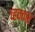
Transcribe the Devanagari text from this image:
च्हक्कर